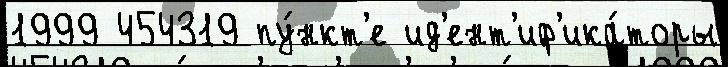
1999 454319 пу́нкт'е ид'ент'иф'ика́торы